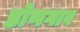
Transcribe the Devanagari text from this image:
डोणगाव